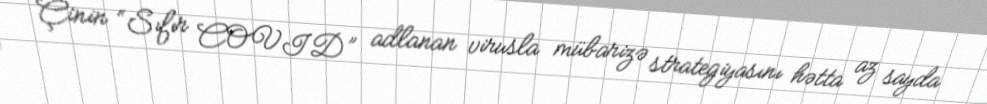
Çinin “Sıfır COVID” adlanan virusla mübarizə strategiyasını hətta az sayda